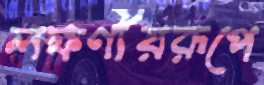
লক্ষণীয়রূপে